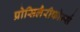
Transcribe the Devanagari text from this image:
प्रोसिलैरीफोर्म्स